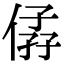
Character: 𠊩